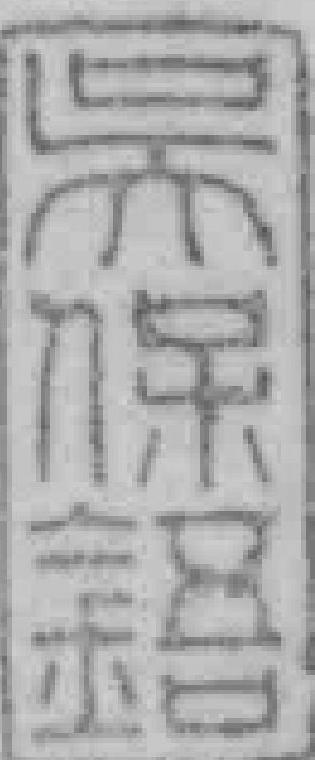
宗吳保*